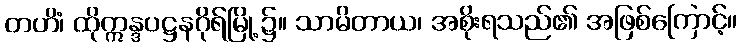
တဟိံ၊ ထိုဣန္ဒပဋ္ဌနဂိုရ်မြို့၌။ သာမိတာယ၊ အစိုးရသည်၏ အဖြစ်ကြောင့်။